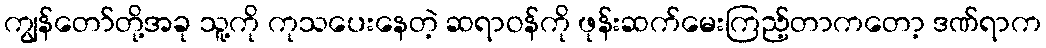
ကျွန်တော်တို့အခု သူ့ကို ကုသပေးနေတဲ့ ဆရာဝန်ကို ဖုန်းဆက်မေးကြည့်တာကတော့ ဒဏ်ရာက